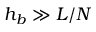
h _ { b } \gg L / N